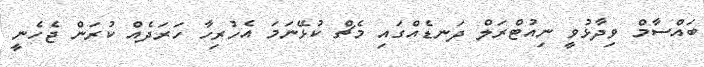
ބައްސާމް ވިދާޅުވީ ނިއުޓްރަލް ދަނޑެއްގައި މެޗް ކުޅޭނަމަ އެހުރިހާ ހަރަދެއް ކުރަން ޖެހެނީ